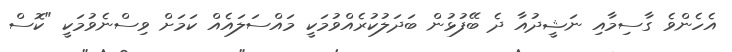
އެހެންވެ ގާސިމާއި ނަޝީދުއާ ދެ ބޭފުޅުން ބަދަލުކުރެއްވުމަކީ މައްސަލައެއް ކަމަށް ވިސްނެވުމަކީ "ކޮސް